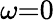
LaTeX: \omega{=}0